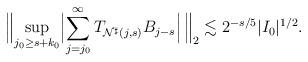
LaTeX: \begin{align*} \Bigl\lVert \sup _{j_0 \geq s+k_0} \Bigl\lvert \sum_{j = j_0} ^{\infty } T _{\mathcal N ^{\sharp} (j,s)} B _{j-s}\Bigr\rvert\, \Bigr\rVert_2 \lesssim 2 ^{-s/5} |I_0|^{1/2}. \end{align*}